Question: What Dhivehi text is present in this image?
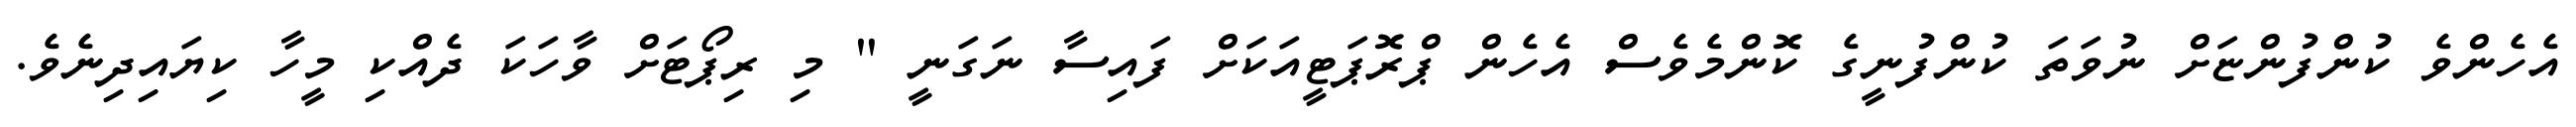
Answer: އެހެންވެ ކުންފުންޏަށް ނުވަތަ ކުންފުނީގެ ކޮންމެވެސް އެހެން ޕްރޮޕަޓީއަކަށް ފައިސާ ނަގަނީ " މި ރިޕޯޓަށް ވާހަކަ ދެއްކި މީހާ ކިޔައިދިނެވެ.